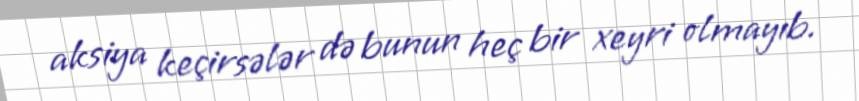
aksiya keçirsələr də bunun heç bir xeyri olmayıb.